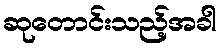
ဆုတောင်းသည့်အခါ